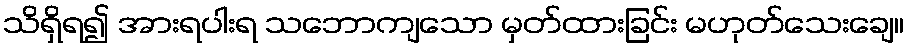
သိရှိရ၍ အားရပါးရ သဘောကျသော မှတ်ထားခြင်း မဟုတ်သေးချေ။